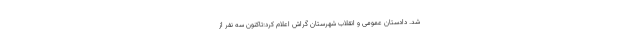
شد. دادستان عمومی و انقلاب شهرستان گراش اعلام کرد:تاکنون سه نفر از